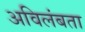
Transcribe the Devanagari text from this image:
अविलंबता